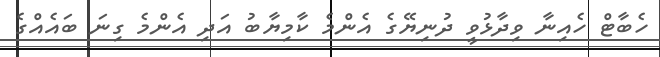
ހެބާޓް ހެއިނާ ވިދާޅުވީ ދުނިޔޭގެ އެންމެ ކާމިޔާބު އަދި އެންމެ ގިނަ ބައެއްގެ